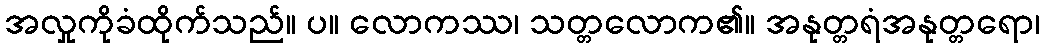
အလှုကိုခံထိုက်သည်။ ပ။ လောကဿ၊ သတ္တလောက၏။ အနုတ္တရံအနုတ္တရော၊